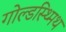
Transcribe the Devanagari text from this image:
गोल्डस्थ्मिथ